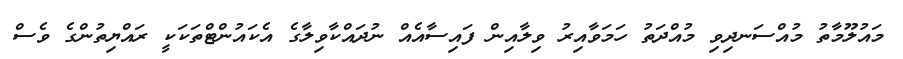
މައުލޫމާތު މުއްސަނދިވި މުއްދަތު ހަމަވާއިރު ވިލާއިން ފައިސާއެއް ނުދައްކާވިލާގެ އެކައުންޓްތަކަކީ ރައްޔިތުންގެ ވެސް